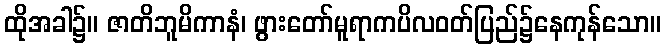
ထိုအခါ၌။ ဇာတိဘူမိကာနံ၊ ဖွားတော်မူရာကပိလဝတ်ပြည်၌နေကုန်သော။